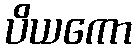
ပိယကော